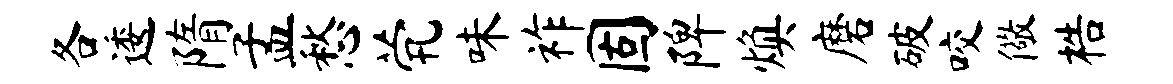
各逶隋孟愁茕味祚固陴焕磨破咬儆梏